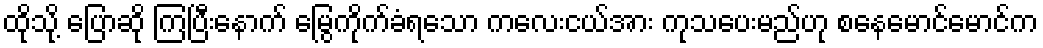
ထိုသို့ ပြောဆို ကြပြီးနောက် မြွေကိုက်ခံရသော ကလေးငယ်အား ကုသပေးမည်ဟု စနေမောင်မောင်က